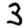
Digit: 3